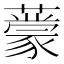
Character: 𬟃